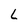
Character: l